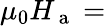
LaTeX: \mu_{0}H_{\mathrm{~a~}}=